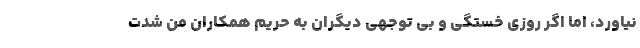
نیاورد، اما اگر روزی خستگی و بی توجهی دیگران به حریم همکاران من شدت